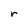
Character: r